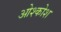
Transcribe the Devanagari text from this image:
ओश्कोश